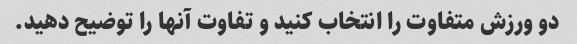
دو ورزش متفاوت را انتخاب کنید و تفاوت آنها را توضیح دهید.